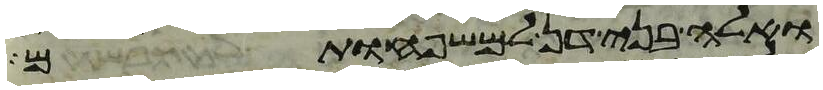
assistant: ואלה בני דן למשפחותם